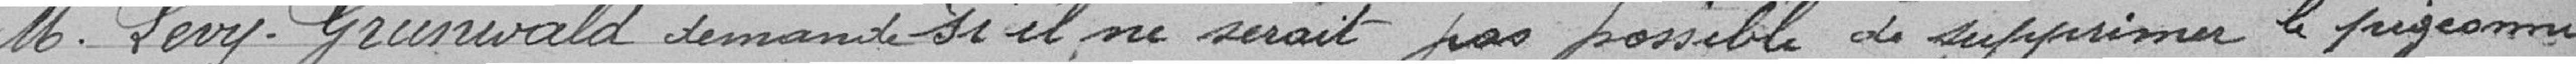
Monsieur Lévy-Grunwald demande si il ne serait pas possible de supprimer le pigeonnier